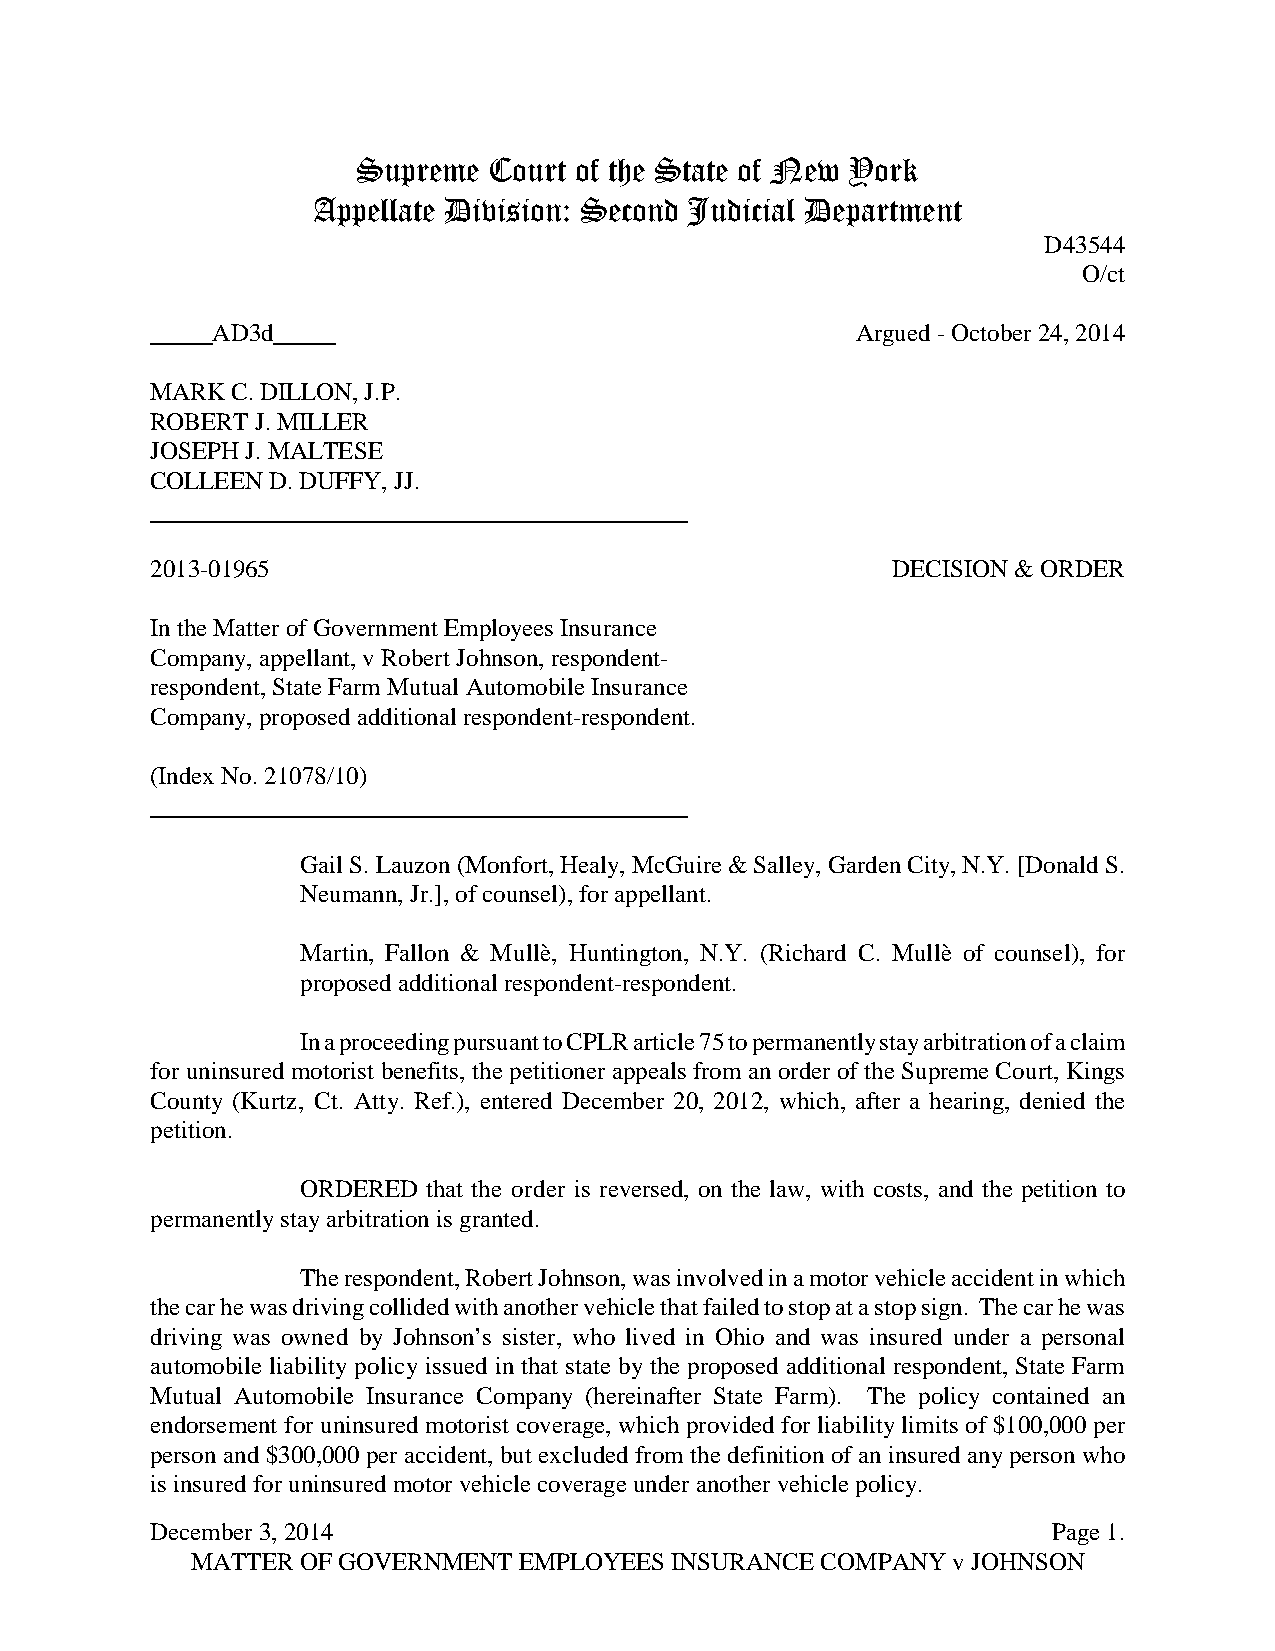
Supreme Court of the State of New York
 Appellate Division: Second Judicial Department
 D43544
 O/ct
 AD3d                                       Argued-October24,2014
 MARKC.DILLON,J.P.
 ROBERTJ.MILLER
 JOSEPHJ.MALTESE
 COLLEEND.DUFFY,JJ.
 2013-01965                                       DECISION&ORDER
 IntheMatterofGovernment Employees Insurance
 Company,appellant,vRobert Johnson, respondent-
 respondent,StateFarm Mutual AutomobileInsurance
 Company,proposedadditional respondent-respondent.
 (Index No.21078/10)
 Gail S.Lauzon(Monfort,Healy,McGuire&Salley,GardenCity,N.Y.[DonaldS.
 Neumann,Jr.],ofcounsel),forappellant.
 Martin, Fallon & Mullè, Huntington, N.Y. (Richard C. Mullè of counsel), for
 proposedadditional respondent-respondent.
 InaproceedingpursuanttoCPLRarticle75topermanentlystayarbitrationofaclaim
 for uninsured motorist benefits, the petitioner appeals from an order of the SupremeCourt,Kings
 County (Kurtz, Ct. Atty. Ref.), entered December 20, 2012, which, after a hearing, denied the
 petition.
 ORDERED that the order is reversed, on the law, with costs, and the petition to
 permanentlystayarbitrationis granted.
 Therespondent,RobertJohnson,wasinvolvedinamotorvehicleaccidentinwhich
 thecarhewasdrivingcollidedwithanothervehiclethatfailedtostopatastopsign. Thecarhewas
 driving was owned by Johnson’s sister, who lived in Ohio and was insured under a personal
 automobile liability policy issued in that state bythe proposed additional respondent, State Farm
 Mutual Automobile Insurance Company (hereinafter State Farm). The policy contained an
 endorsement for uninsured motorist coverage, which provided for liabilitylimits of $100,000 per
 person and $300,000 per accident, but excluded from the definition ofaninsuredanyperson who
 is insuredforuninsuredmotorvehiclecoverageunderanothervehiclepolicy.
 December3,2014                                              Page1.
 MATTER OFGOVERNMENTEMPLOYEES   INSURANCECOMPANYvJOHNSON